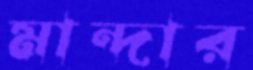
মান্দার